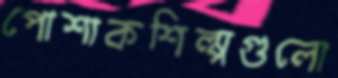
পোশাকশিল্পগুলো